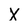
Character: X